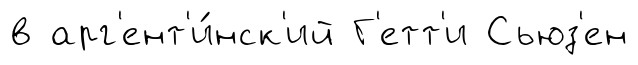
в арг'ент'и́нск'ий Г'етт'и Сьюз'ен